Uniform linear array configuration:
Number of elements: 12
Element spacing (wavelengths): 0.5
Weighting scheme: blackman
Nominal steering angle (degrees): -45
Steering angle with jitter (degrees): -43.278
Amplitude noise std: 0.05
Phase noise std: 0.05

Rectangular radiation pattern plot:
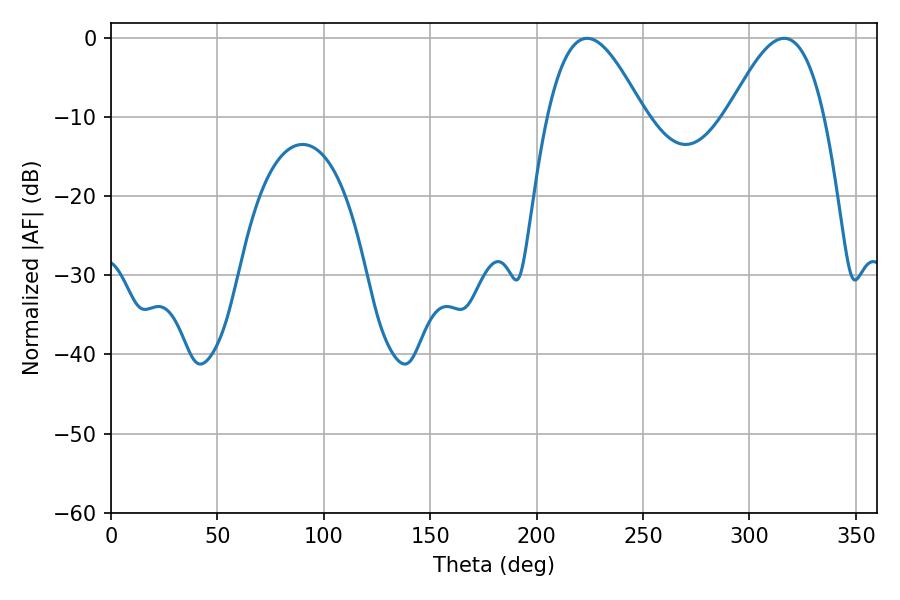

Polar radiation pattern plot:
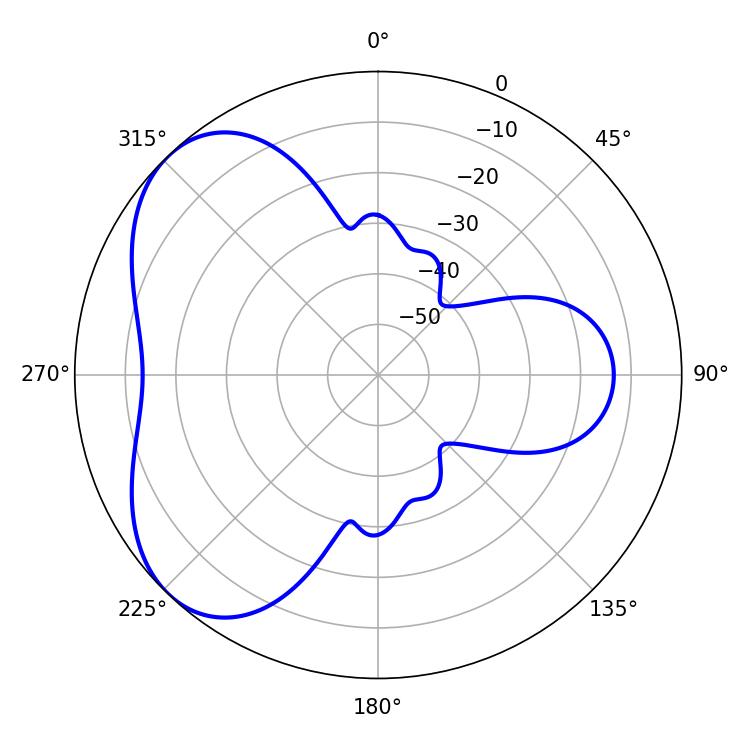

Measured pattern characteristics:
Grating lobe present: FALSE
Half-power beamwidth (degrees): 24.48
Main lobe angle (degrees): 223.74